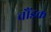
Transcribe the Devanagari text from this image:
चौंडक